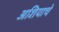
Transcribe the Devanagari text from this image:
अशियाचे